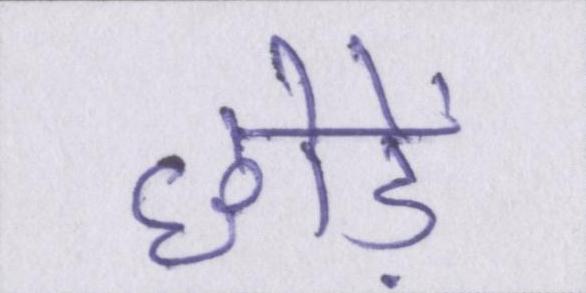
छोड़ें